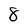
Character: 8